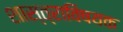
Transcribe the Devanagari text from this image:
शास्त्राविषयक